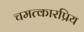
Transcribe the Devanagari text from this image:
चमत्कारप्रिय